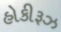
હોકીરૂઝ